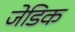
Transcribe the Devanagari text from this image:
जेडिक